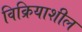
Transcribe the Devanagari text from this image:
विक्रियाशील